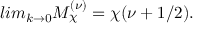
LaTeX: l i m _ { k \rightarrow 0 } M _ { \chi } ^ { ( \nu ) } = \chi ( \nu + 1 / 2 ) .